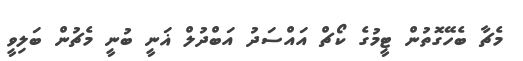
މެޗާ ބެހޭގޮތުން ޓީމުގެ ކޯޗް އައްސަދު އަބްދުލް ޣަނީ ބުނީ މެޗުން ބަލިވީ